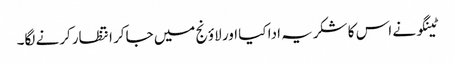
ٹینگو نے اس کا شکریہ ادا کیا اور لاؤنج میں جاکر انتظار کرنے لگا۔